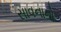
સાવનાનો